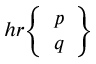
h r { \left\{ \begin{array} { l } { p } \\ { q } \end{array} \right\} }